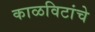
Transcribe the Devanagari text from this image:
काळविटांचे